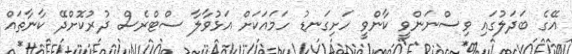
އޭގެ ބަދަލުގައި ވިސްނަންވީ ކާންވީ ހަށިގަނޑު ހަމައަކަށް އަޅުވާލާ ސްޓްރެސް ދުރުކޮށްދޭ ކާނާތައް